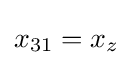
x_{31}=x_{z}